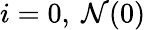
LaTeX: i=0,\ \mathcal{N}(0)